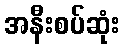
အနီးစပ်ဆုံး